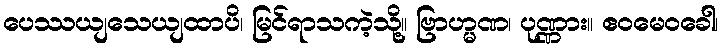
ပေဿယျသေယျထာပိ၊ မြင်ရာသကဲ့သို့။ ဗြာဟ္မဏ၊ ပုဏ္ဏား။ ဧဝမေဝခေါ၊